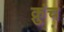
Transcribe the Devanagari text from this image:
क्रुंच